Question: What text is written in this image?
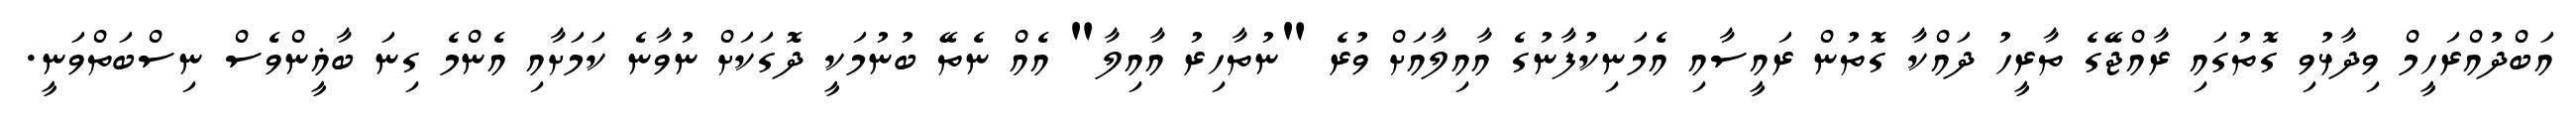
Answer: އަބްދުއްރަހީމް ވިދާޅުވި ގޮތުގައި ރާއްޖޭގެ ތާރީހު ދައްކާ ގޮތުން ރައީސާއި އެމަނިކުފާނުގެ އާއިލާއަށް ވުރެ "ނުތާހިރު އާއިލާ" އެއް ނެތޭ ބުނުމަކީ ދޮގަކަށް ނުވާނެ ކަމަށާއި އެންމެ ގިނަ ބާޣީންވެސް ނިސްބަތްވަނީ.